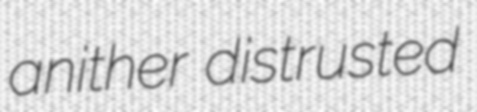
anither distrusted